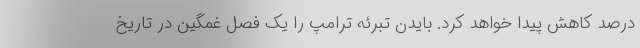
درصد کاهش پیدا خواهد کرد. بایدن تبرئه ترامپ را یک فصل غمگین در تاریخ